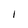
Character: l